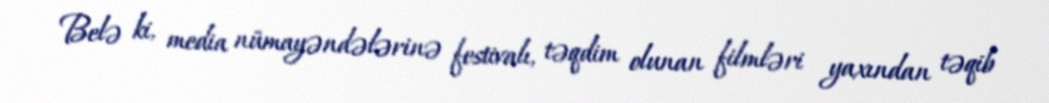
Belə ki, media nümayəndələrinə festivalı, təqdim olunan filmləri yaxından təqib